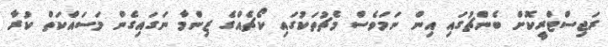
ރަޖިސްޓްރީކޮށް ބެންޗުގައި އިން ނަމަވެސް މެޗުތަކުގައި ކޯޗެއްގެ ޒިންމާ ނަގައިގެން މަސައްކަތް ކުރާ